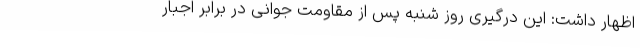
اظهار داشت: این درگیری روز شنبه پس از مقاومت جوانی در برابر اجبار